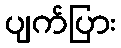
ပျက်ပြား